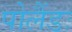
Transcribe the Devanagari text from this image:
पोलैंडः